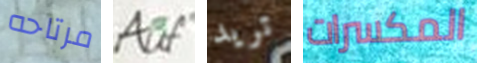
مرتاحه Auf تريد المكسرات